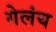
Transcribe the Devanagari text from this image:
गेलंय